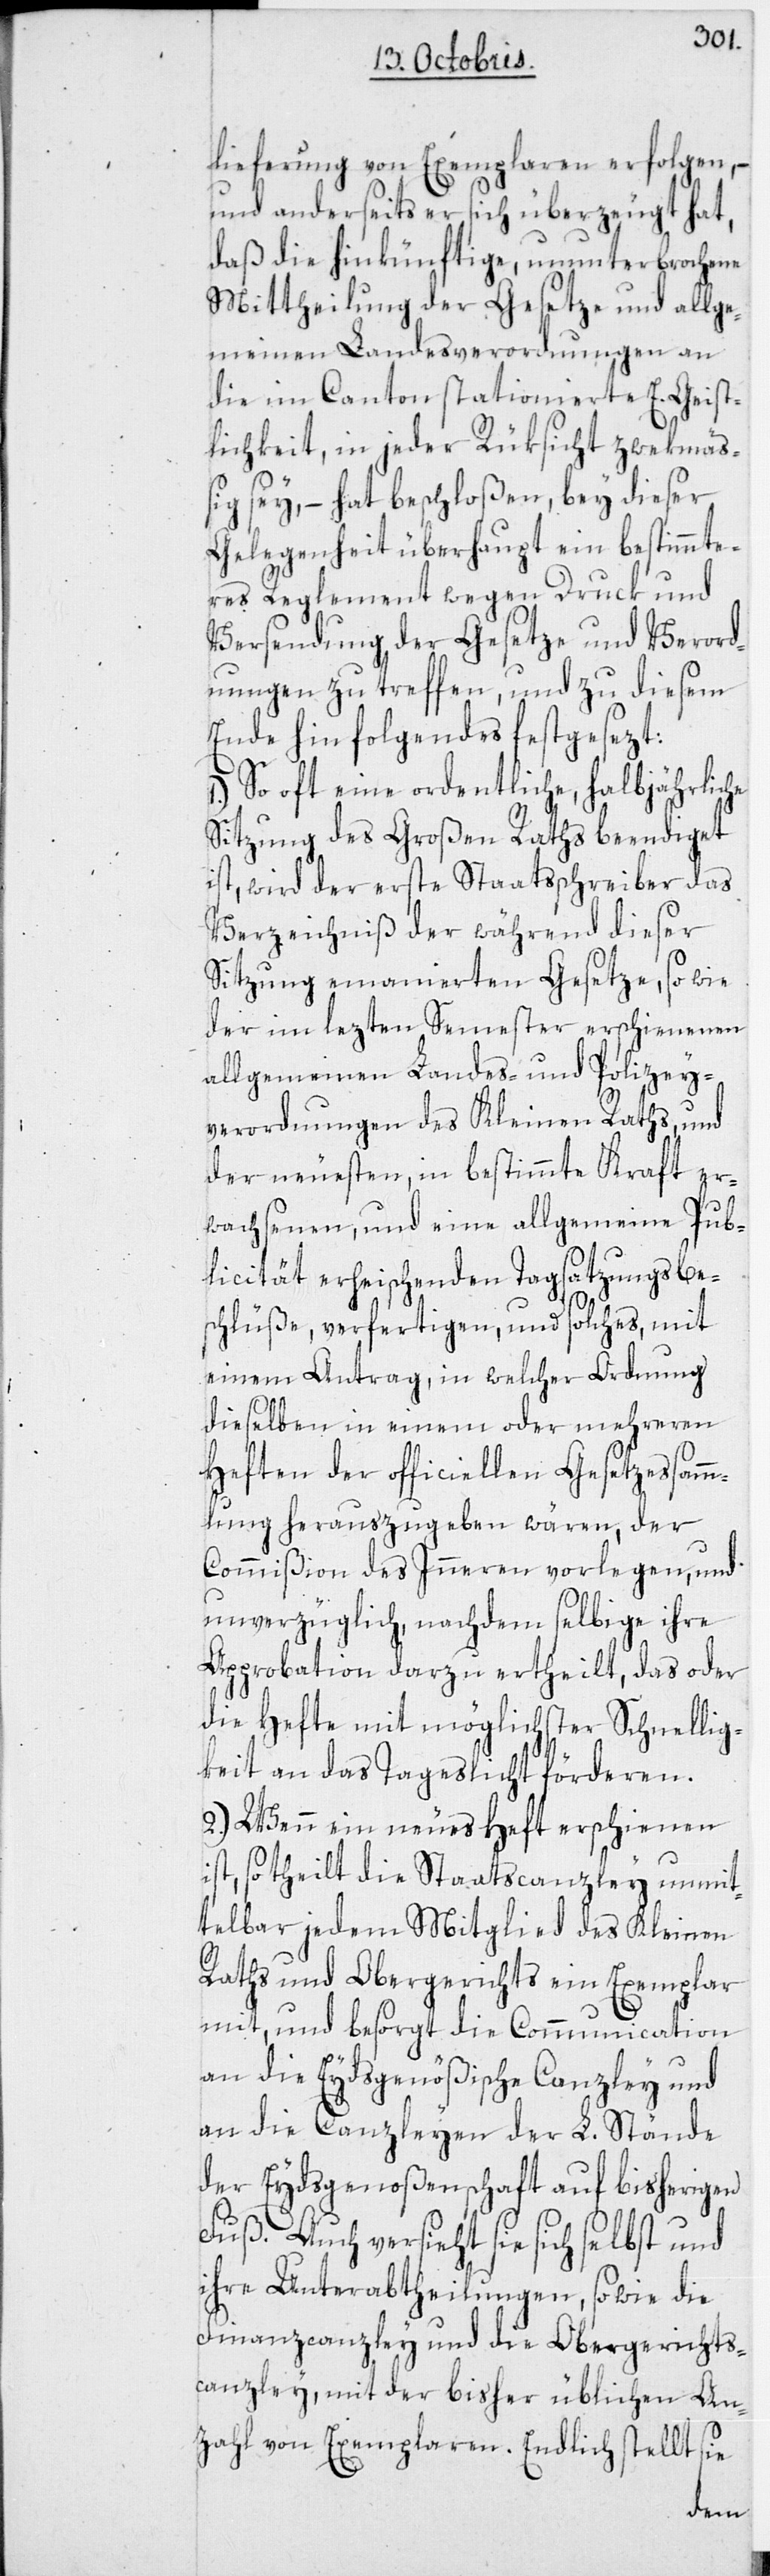
lieferung von Exemplaren erfolgen, –
und anderseits er sich überzeugt hat,
daß die hinkünftige, ununterbrochene
Mittheilung der Gesetze und allge¬
meinen Landesverordnungen an
die im Canton stationierte E. Geist¬
lichkeit, in jeder Rüksicht zwekmäß¬
ig sey, – hat beschloßen, bey dieser
Gelegenheit überhaupt ein bestimmte¬
res Reglement wegen Druck und
Versendung der Gesetze und Verord¬
nungen zu treffen, und zu diesem
Ende hin folgendes festgesezt:
1.) So oft eine ordentliche, halbjährliche
Sitzung des Großen Raths beendiget
ist, wird der erste Staatsschreiber das
Verzeichniß der während dieser
Sitzung emanierten Gesetze, so wie
der im lezten Semester erschienenen
allgemeinen Landes- und Polizey¬
verordnungen des Kleinen Raths, und
der neuesten, in bestimmte Kraft er¬
wachsenen, und eine allgemeine Pub¬
licität erheischenden Tagsatzungsbe¬
schlüße, verfertigen, und solches, mit
einem Antrag, in welcher Ordnung
dieselben in einem oder mehreren
Heften der officiellen Gesetzessamm¬
lung herauszugeben wären, der
Commißion des Inneren vorlegen, und
unverzüglich, nachdem selbige ihre
Approbation darzu ertheilt, das oder
die Hefte mit möglichster Schnellig¬
keit an das Tageslicht förderen.
2.) Wenn ein neues Heft erschienen
ist, so theilt die Staatscanzley unmit¬
telbar jedem Mitglied des Kleinen
Raths und Obergerichts ein Exemplar
mit, und besorgt die Communication
an die Eydsgenößische Canzley und
an die Canzleyen der L. Stände
der Eydsgenoßenschaft auf bisherigen
Fuß. Auch versieht sie sich selbst und
ihre Unterabtheilungen, sowie die
Finanzcanzley und die Obergerichts¬
canzley, mit der bisher üblichen An¬
zahl von Exemplaren. Endlich stellt sie